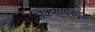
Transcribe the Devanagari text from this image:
जिकसायनाइड